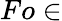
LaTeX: Fo\in